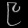
Digit: ၉